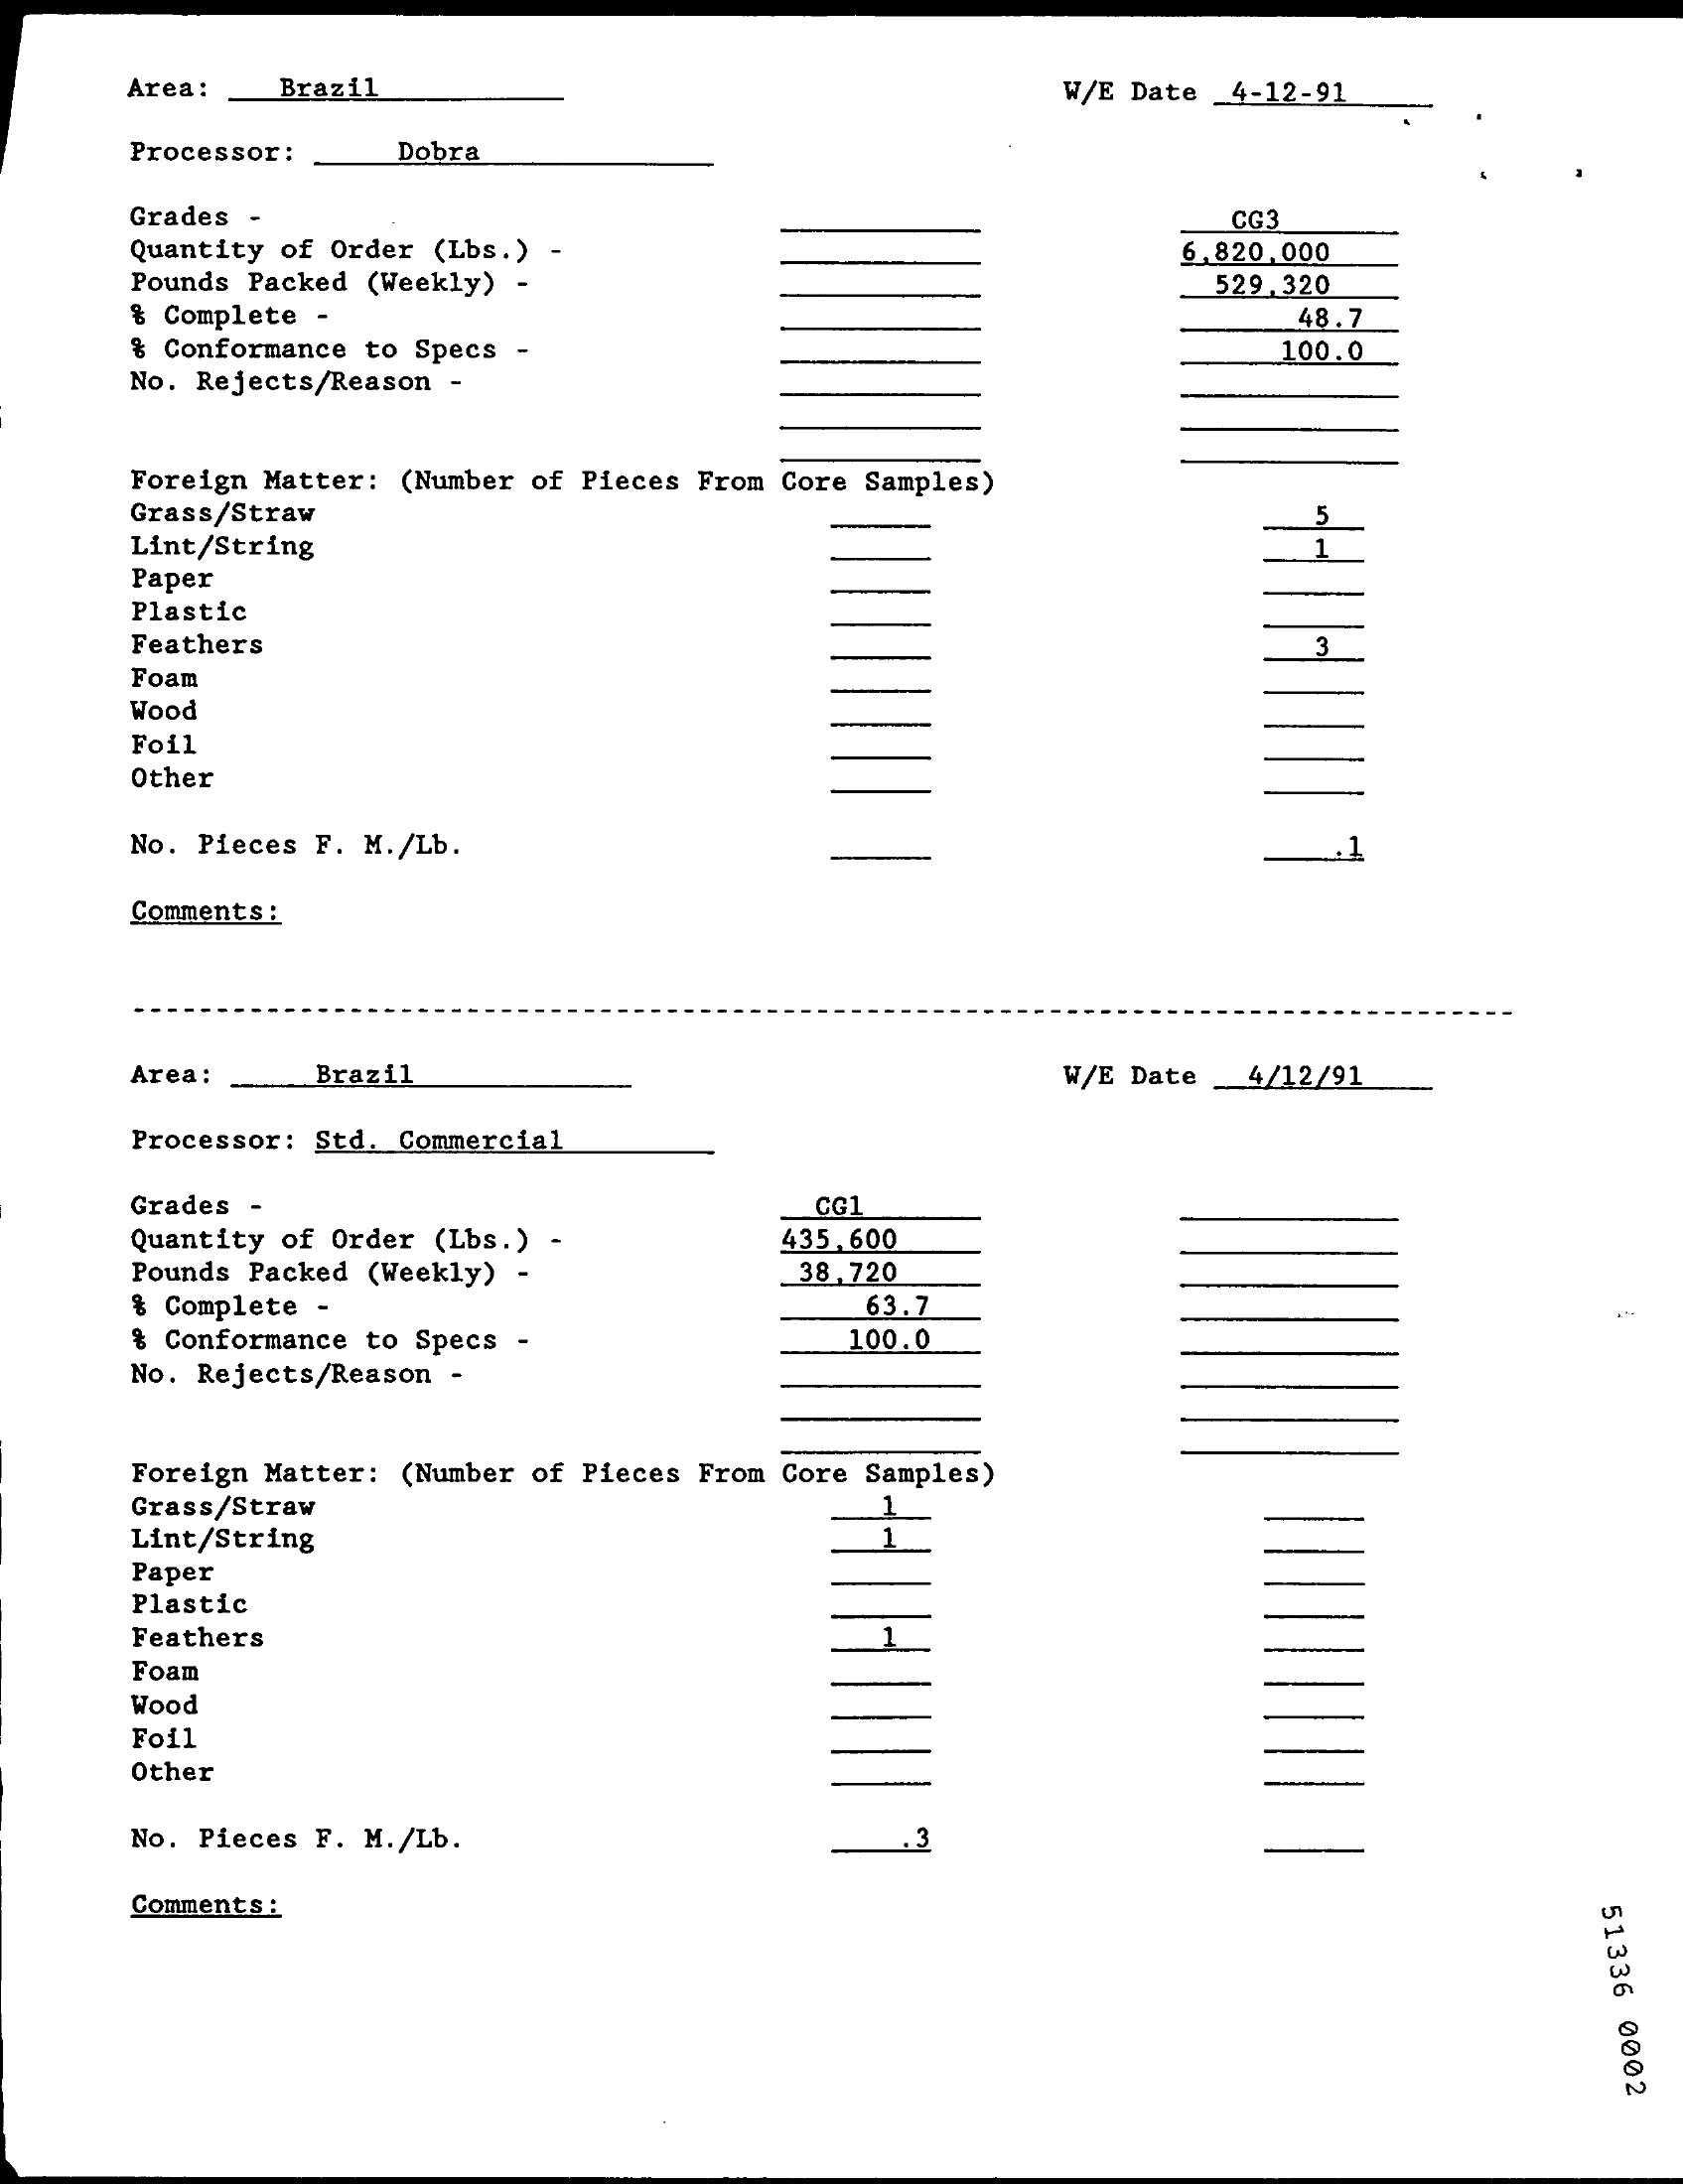
Area:   Brazil    W/E Date 4-12-91
     Processor:    Dobra
     Grades -
     Quantity of Order (Lbs.) -
     CG3
     Pounds Packed (Weekly) -
     6 .820,000
     529.320
     & Complete -    48.7
     & Conformance to Specs -
     No. Rejects/Reason -
     100.0
     Foreign Matter: (Number of Pieces From Core Samples)
     Grass/Straw
     Lint/String
     Paper
     Plastic
     Feathers    3
     Foam
     Wood
     Foil
     Other
     No. Pieces F. M./Lb.
     Comments:
     Area:    Brazil    W/E Date _4/12/91
     Processor: Std. Commercial
     Grades -    CG1
     Quantity of Order (Lbs.) -    435.600
     Pounds Packed (Weekly)    38.720
     % Complete -    63.7
     8 Conformance to Specs -    100.0
     No. Rejects/Reason -
     Foreign Matter: (Number of Pieces From Core Samples)
     Grass/Straw
     Lint/String
     Paper
     Plastic
     Feathers
     Foam
     Wood
     Foil
     Other
     No. Pieces F. M./Lb.    .3
     Comments:
     51336
     0002